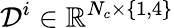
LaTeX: \mathcal{D}^{i}\in\mathbb{R}^{N_{c}\times\{ 1,4\} }